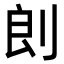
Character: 剆